Language: tamil
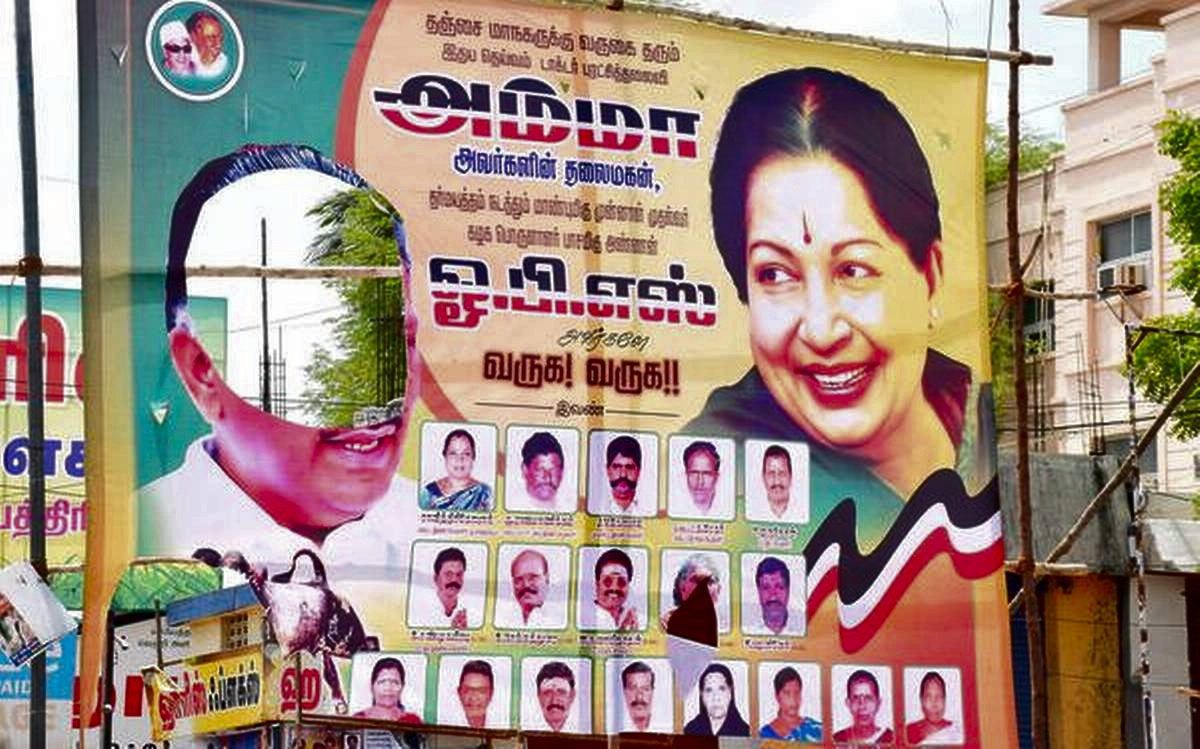
Transcription: அம்மா அவா்களின் ஓ வருக வருக எஸ் தலைமகன்